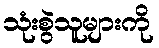
သုံးစွဲသူများကို